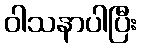
ဝါသနာပါပြီး